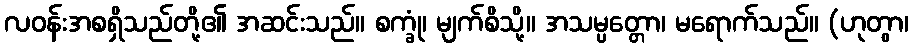
လဝန်းအစရှိသည်တို့၏ အဆင်းသည်။ စက္ခုံ၊ မျက်စိသို့။ အသမ္ပတ္တော၊ မရောက်သည်။ (ဟုတွာ၊